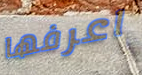
اعرفها